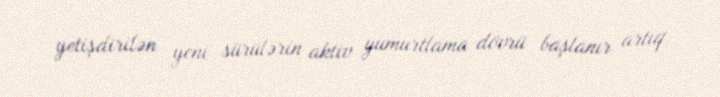
yetişdirilən yeni sürülərin aktiv yumurtlama dövrü başlanır artıq.